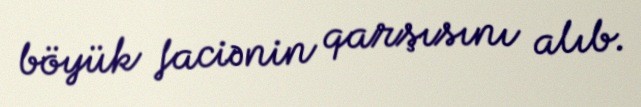
böyük faciənin qarşısını alıb.